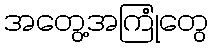
အတွေ့အကြုံတွေ